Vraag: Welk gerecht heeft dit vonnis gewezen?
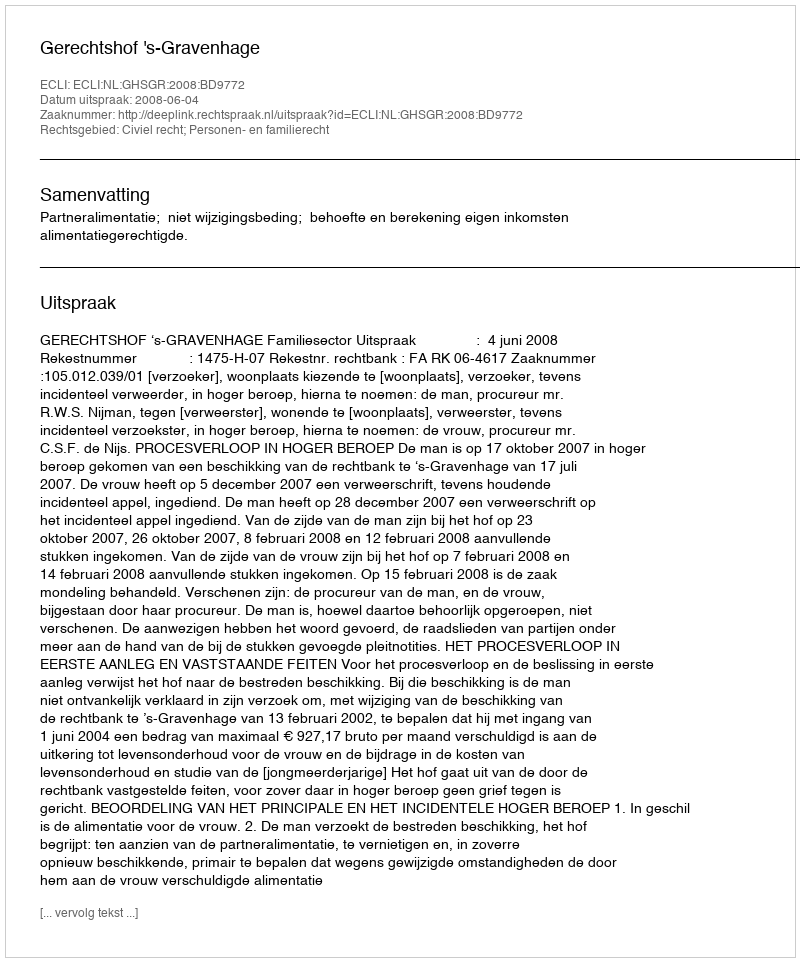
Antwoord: Gerechtshof 's-Gravenhage